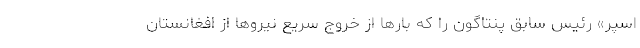
اسپر» رئیس سابق پنتاگون را که بارها از خروج سریع نیروها از افغانستان